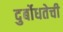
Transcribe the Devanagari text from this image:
दुर्बोधतेची